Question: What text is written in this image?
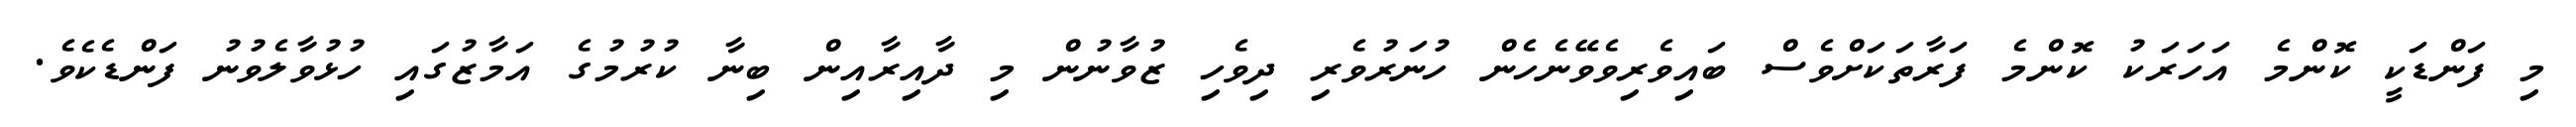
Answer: މި ފަންޑަކީ ކޮންމެ އަހަރަކު ކޮންމެ ފަރާތަކަށްވެސް ބައިވެރިވެވޭނެހެން ހުނަރުވެރި ދިވެހި ޒުވާނުން މި ދާއިރާއިން ބިނާ ކުރުމުގެ އަމާޒުގައި ހުޅުވާލެވުނު ފަންޑެކެވެ.